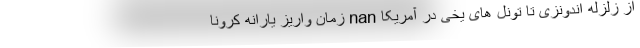
از زلزله اندونزی تا تونل های یخی در آمریکا nan زمان واریز یارانه کرونا